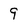
Character: 9